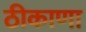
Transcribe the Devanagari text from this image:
ठीकाणा